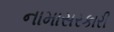
નામાસરકારી